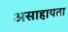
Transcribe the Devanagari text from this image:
असाहायता